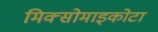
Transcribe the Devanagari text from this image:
मिक्सोमाइकोटा